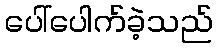
ပေါ်ပေါက်ခဲ့သည်